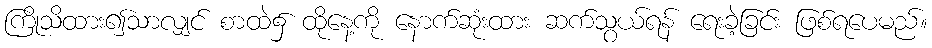
ကြိုသိထား၍သာလျှင် စာထဲ၌ ထိုနေ့ကို နောက်ဆုံးထား ဆက်သွယ်ရန် ရေးခဲ့ခြင်း ဖြစ်ရပေမည်။